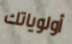
أولوياتك